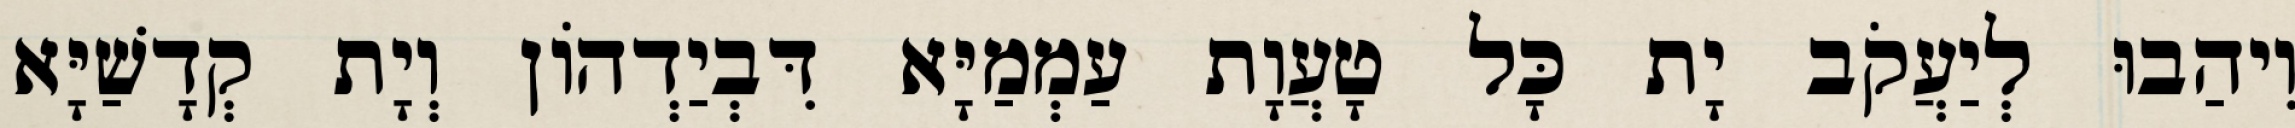
וִיהַבוּ לְיַעֲקֹב יָת כָּל טָעֲוָת עַמְמַיָּא דִּבְיַדְהוֹן וְיָת קְדָשַׁיָּא